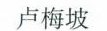
卢梅坡